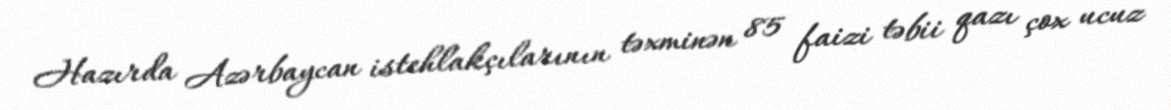
Hazırda Azərbaycan istehlakçılarının təxminən 85 faizi təbii qazı çox ucuz